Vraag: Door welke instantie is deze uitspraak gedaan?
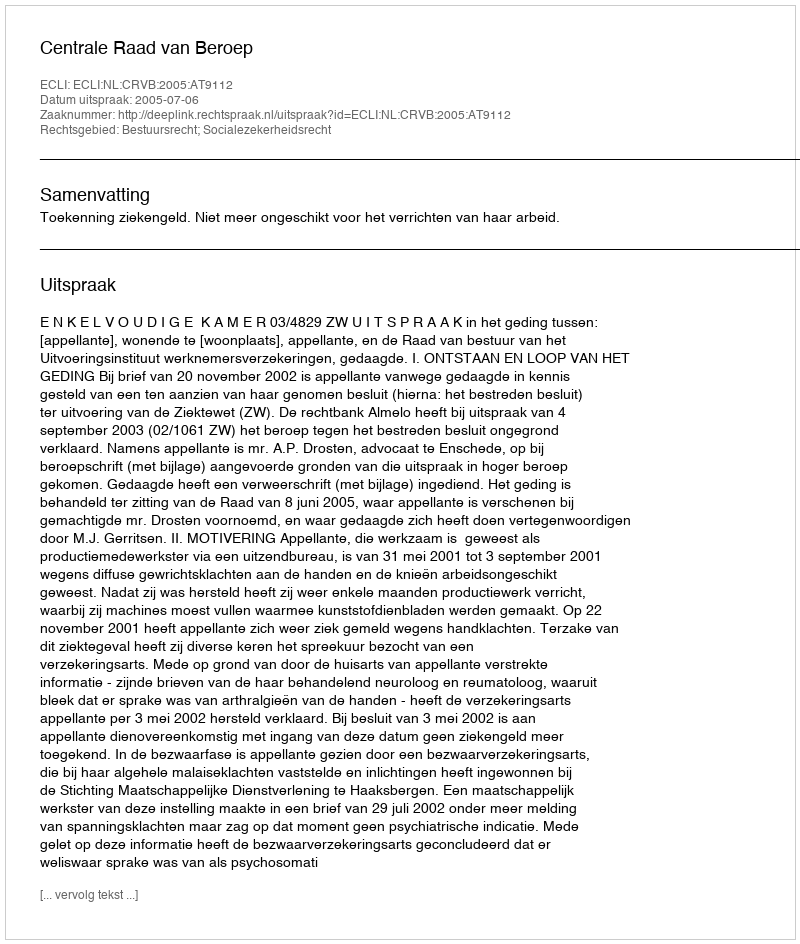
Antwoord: Centrale Raad van Beroep